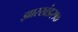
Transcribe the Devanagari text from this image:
झारखंड२१७